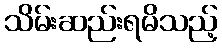
သိမ်းဆည်းရမိသည့်